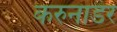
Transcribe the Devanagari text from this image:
करुनाडर